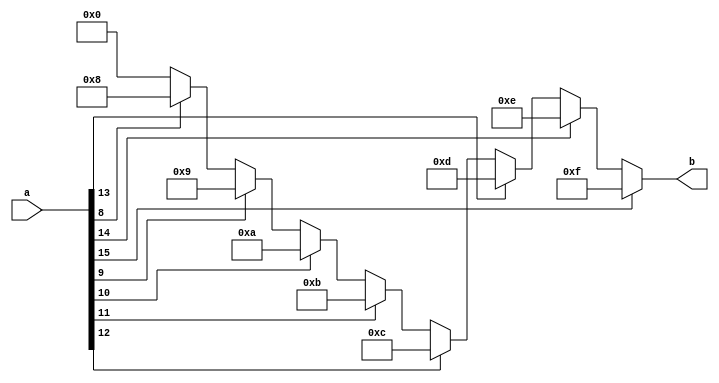
module decoder(a,b);

input [15:0] a;
output reg[3:0] b;

always@(a or b)
begin
if(a[15]==1)
	b=4'b1111;//15
else if(a[14]==1)
	b=4'b1110;//14
else if(a[13]==1)
	b=4'b1101;//13
else if(a[12]==1)
	b=4'b1100;//12
else if(a[11]==1)
	b=4'b1011;//11
else if(a[10]==1)
	b=4'b1010;//10
else if(a[9]==1)
	b=4'b1001;//9

else if(a[8]==1)
	b=4'b1000;//8
/*else if(a[7]==1)
	b=4'b0111;
else if(a[6]==1)
	b=4'b0110;//6
else if(a[5]==1)
	b=4'b0101;//5
else if(a[4]==1)
	b=4'b0100;//4
else if(a[3]==1)
	b=4'b0011;//3
else if(a[2]==1)
	b=4'b0010;//2
else if(a[1]==1)
	b=4'b0001;//1
else if(a[0]==1)
	b=4'b0000;//0*/
else
	b=4'b0000;
end
endmodule